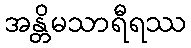
အန္တိမသာရီရဿ